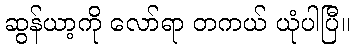
ဆွန်ယာ့ကို လော်ရာ တကယ် ယုံပါပြီ။